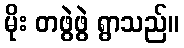
မိုး တဖွဲဖွဲ ရွာသည်။